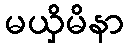
မယှိမိနာ